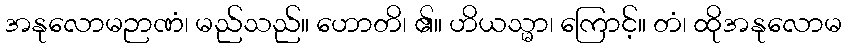
အနုလောမဉာဏံ၊ မည်သည်။ ဟောတိ၊ ၏။ ဟိယသ္မာ၊ ကြောင့်။ တံ၊ ထိုအနုလောမ